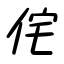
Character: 侘